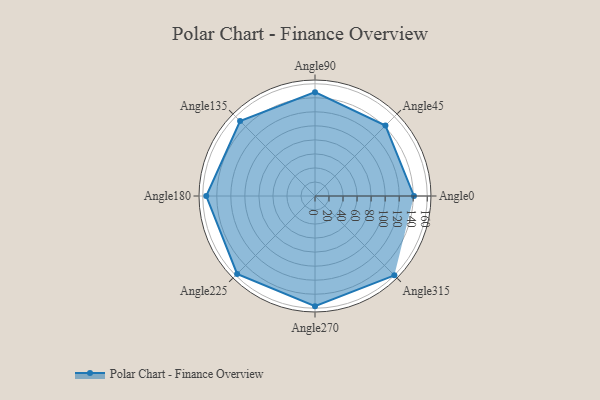
{"axis": {"x": "Angle", "y": "Radius"}, "legend": [""], "data": [{"x": "Angle0", "y": 141.0, "type": ""}, {"x": "Angle45", "y": 142.0, "type": ""}, {"x": "Angle90", "y": 148.0, "type": ""}, {"x": "Angle135", "y": 151.0, "type": ""}, {"x": "Angle180", "y": 155.0, "type": ""}, {"x": "Angle225", "y": 157.0, "type": ""}, {"x": "Angle270", "y": 157.0, "type": ""}, {"x": "Angle315", "y": 160.0, "type": ""}]}